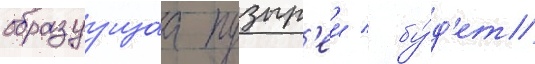
образуущаа пузыр'еи / бу́д'ет